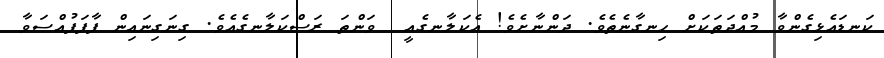
ކަނޑައެޅިގެންވާ މުއްދަތަކަށް ހިނގާނެތެވެ. ދަންނާށެވެ! އެކަލާނގެއީ  ވަންތަ ރަސްކަލާނގެއެވެ. ގިނަގިނައިން ފާފަފުއްސަވާ